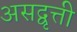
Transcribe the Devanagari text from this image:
असद्वृत्ती